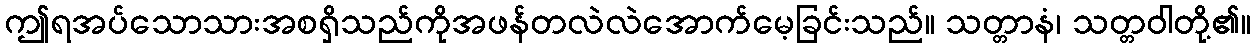
ဤရအပ်သောသားအစရှိသည်ကိုအဖန်တလဲလဲအောက်မေ့ခြင်းသည်။ သတ္တာနံ၊ သတ္တဝါတို့၏။